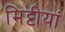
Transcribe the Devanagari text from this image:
मिट्टीयां